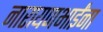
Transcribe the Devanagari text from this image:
नारायणभाईंना